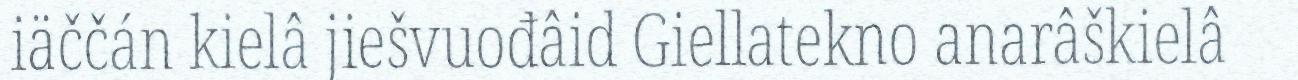
iäččán kielâ jiešvuođâid Giellatekno anarâškielâ